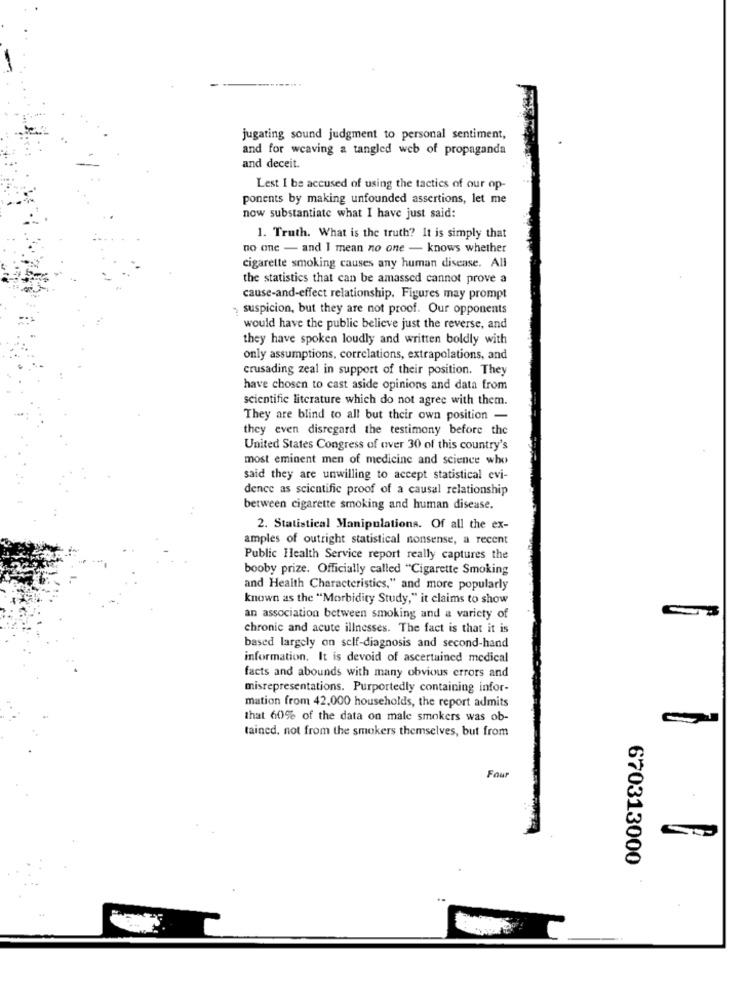
jugating sound judgment to personal sentiment,
and for weaving a tangled web of propaganda
and deceit.
Lest I be accused of using the tactics of our op-
ponents by making unfounded assertions, let me
now substantiate what I have just said:
1. Truth. What is the truth? It is simply that
no one - and I mean no one - knows whether
cigarette smoking causes any human disease. All
the statistics that can be amassed cannot prove a
cause-and-effect relationship. Figures may prompt
suspicion, but they are not proof. Our opponents
would have the public believe just the reverse, and
they have spoken loudly and written boldly with
only assumptions, correlations, extrapolations, and
crusading zeal in support of their position. They
have chosen to cast aside opinions and data from
scientific literature which do not agree with them.
They are blind to all but their own position -
they even disregard the testimony before the
United States Congress of over 30 of this country's
most eminent men of medicine and science who
said they are unwilling to accept statistical evi-
dence as scientific proof of a causal relationship
between cigarette smoking and human disease.
2. Statistical Manipulations. Of all the ex-
amples of outright statistical nonsense, a recent
Public Health Service report really captures the
booby prize. Officially called "Cigarette Smoking
and Health Characteristics," and more popularly
known as the "Morbidity Study," it claims to show
an association between smoking and a variety of
chronic and acute illnesses. The fact is that it is
based largely on self-diagnosis and second-hand
information. It is devoid of ascertained medical
facts and abounds with many obvious errors and
misrepresentations. Purportedly containing infor-
mation from 42,000 households, the report admits
that 60% of the data on male smokers was ob-
tained, not from the smokers themselves, but from
Four
670313000